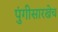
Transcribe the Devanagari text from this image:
पुंगीसारखेच